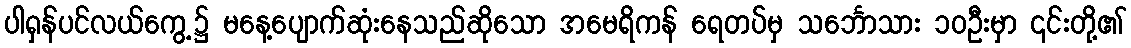
ပါရှန်ပင်လယ်ကွေ့၌ မနေ့ပျောက်ဆုံးနေသည်ဆိုသော အမေရိကန် ရေတပ်မှ သင်္ဘောသား ၁၀ဦးမှာ ၎င်းတို့၏